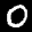
Label: 0